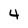
Character: 4